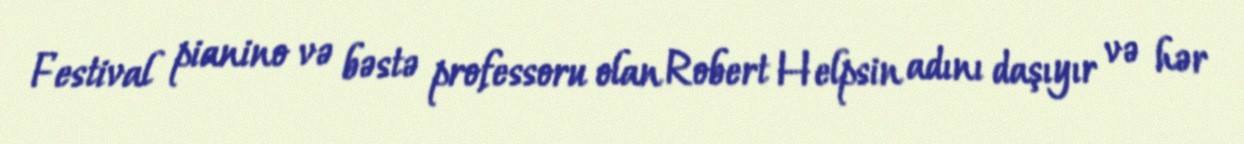
Festival pianino və bəstə professoru olan Robert Helpsin adını daşıyır və hər